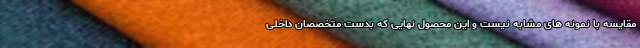
مقایسه با نمونه های مشابه نیست و این محصول نهایی که بدست متخصصان داخلی